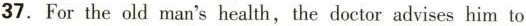
37. For the old man's health, the doctor advises him to